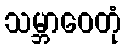
သမ္ဘာဝေတုံ